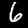
Digit: 6